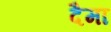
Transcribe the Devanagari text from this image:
दैमा